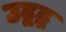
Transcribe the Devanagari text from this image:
उद्बद्ध